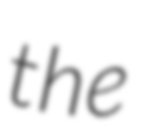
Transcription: the